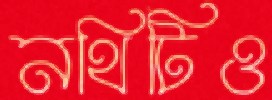
নথিটিও